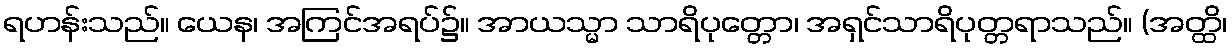
ရဟန်းသည်။ ယေန၊ အကြင်အရပ်၌။ အာယသ္မာ သာရိပုတ္တော၊ အရှင်သာရိပုတ္တရာသည်။ (အတ္ထိ၊